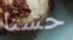
حسنا